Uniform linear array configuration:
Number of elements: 4
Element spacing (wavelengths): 0.75
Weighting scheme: cosine
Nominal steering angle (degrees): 45
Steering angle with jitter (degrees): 43.03
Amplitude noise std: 0.05
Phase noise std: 0.05

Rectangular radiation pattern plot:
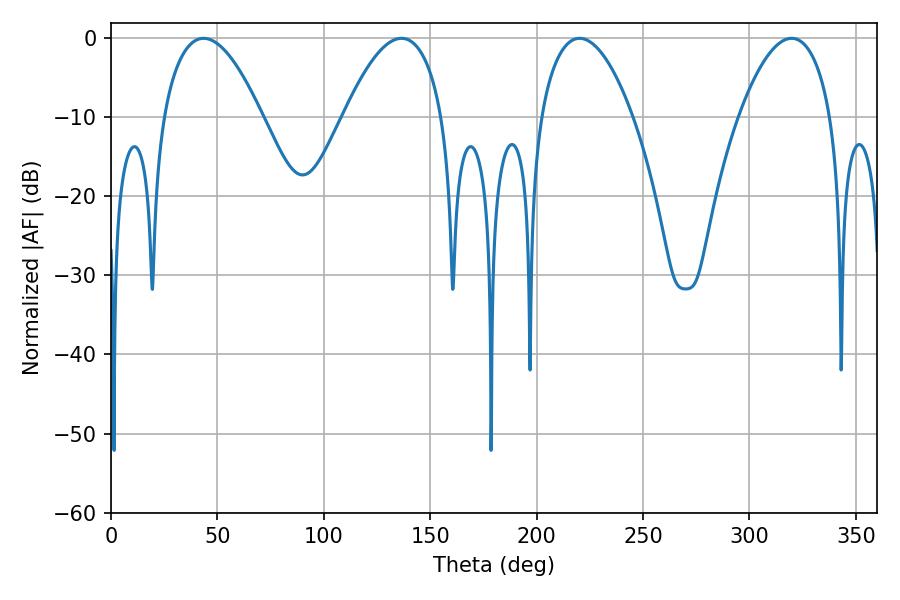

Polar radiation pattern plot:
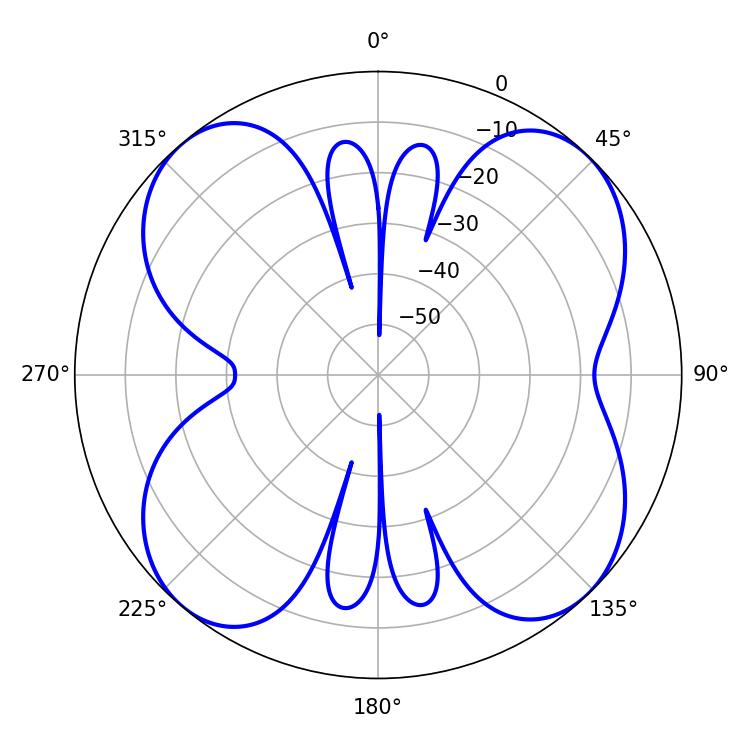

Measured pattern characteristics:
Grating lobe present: TRUE
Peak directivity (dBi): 13.212
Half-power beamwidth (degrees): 24.3
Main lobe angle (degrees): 220.14